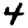
Digit: 4